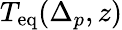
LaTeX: T_{\mathrm{eq}}(\Delta_{p},z)